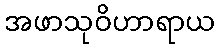
အဖာသုဝိဟာရာယ